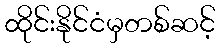
ထိုင်းနိုင်ငံမှတစ်ဆင့်